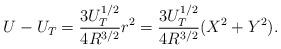
LaTeX: \begin{align*}U-U_T=\frac{3U_T^{1/2}}{4R^{3/2}}r^2=\frac{3U_T^{1/2}}{4R^{3/2}}(X^2+Y^2).\end{align*}